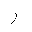
Letter: _ra